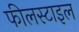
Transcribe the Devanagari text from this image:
फीलस्टाइल